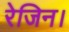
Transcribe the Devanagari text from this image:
रेजिन।